Scottish Leaving Certificate Examination, 1954
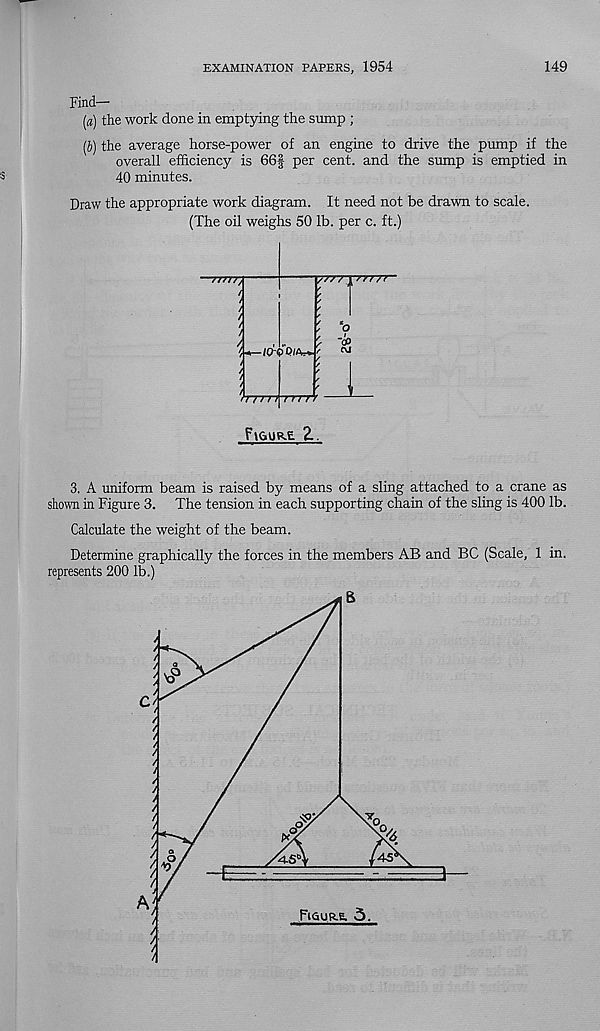
EXAMINATION PAPERS, 1954
149
Find—
(a) the work done in emptying the sump ;
(i) the average horse-power of an engine to drive the pump if the
overall efficiency is 66| per cent, and the sump is emptied in
40 minutes.
Draw the appropriate work diagram. It need not be drawn to scale.
(The oil weighs 50 lb. per c. ft.)
xrrrr /r> rr
n/u,
/
10-0 Qi^.
vrn n TTTT
-
 t>J
flGURE 2..
3. A uniform beam is raised by means of a sling attached to a crane as
shown in Figure 3. The tension in each supporting chain of the sling is 400 lb.
Calculate the weight of the beam.
Determine graphically the forces in the members AB and BC (Scale, 1 in.
represents 200 lb.)
45
4S°
FiauR-E. 3.